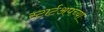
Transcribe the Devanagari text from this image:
स्टार्टअपच्या